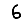
Digit: 6